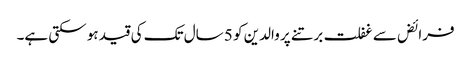
فرائض سے غفلت برتنے پر والدین کو 5 سال تک کی قید ہو سکتی ہے۔